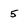
Character: 5